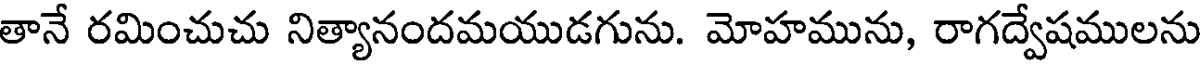
తానే రమించుచు నిత్యానందమయుడగును. మోహమును, రాగద్వేషములను